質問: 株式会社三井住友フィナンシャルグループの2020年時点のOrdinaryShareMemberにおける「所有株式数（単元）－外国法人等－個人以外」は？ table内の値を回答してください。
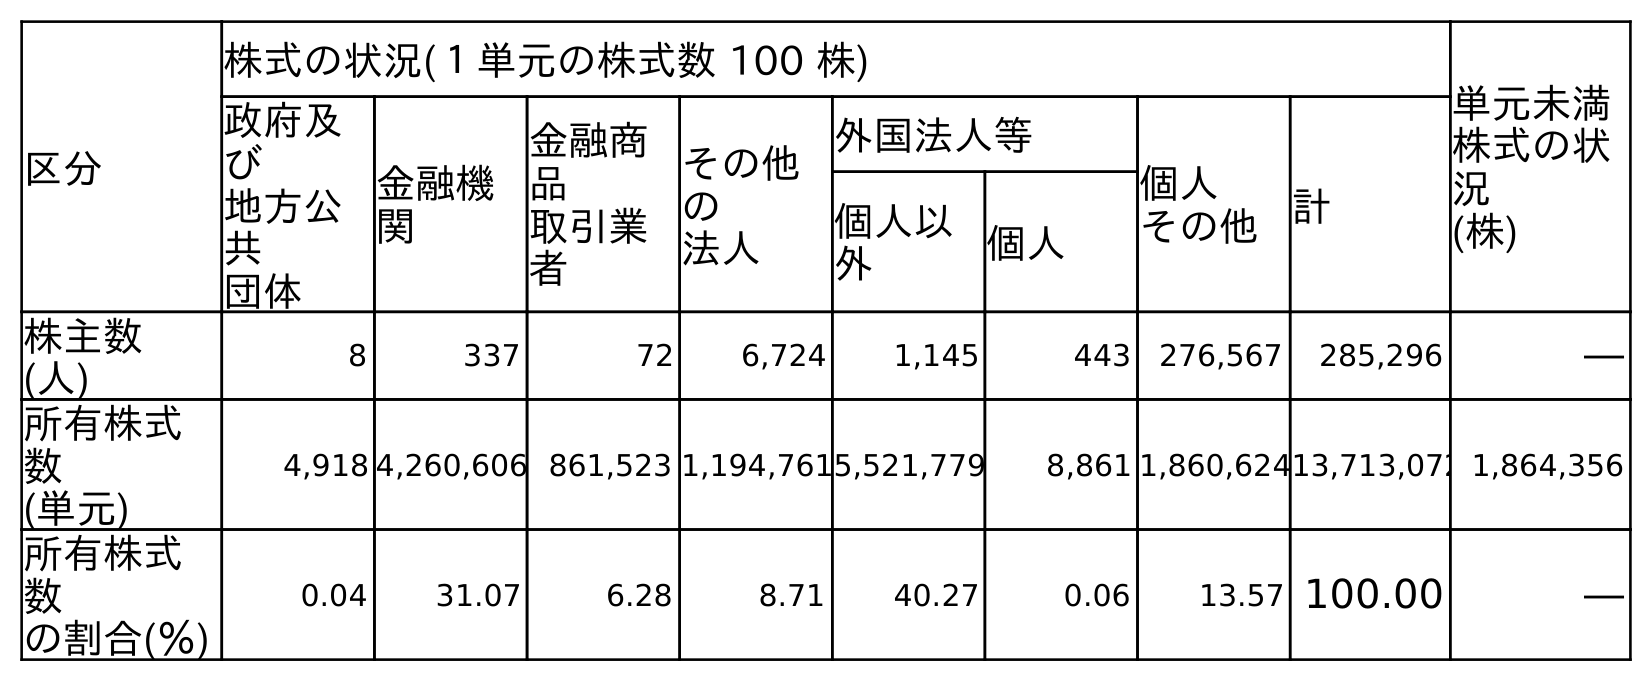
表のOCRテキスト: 区分 株式の状況(１単元の株式数 100 株) 単元未満 株式の状 況 (株) 政府及 び 地方公 共 団体 金融機 関 金融商 品 取引業 者 その他 の 法人 外国法人等 個人 その他 計 個人以 外 個人 株主数 (人) 8 337 72 6,724 1,145 443 276,567 285,296 ― 所有株式 数 (単元) 4,918 4,260,606 861,523 1,194,7615,521,779 8,861 1,860,62413,713,072 1,864,356 所有株式 数 の割合(％) 0.04 31.07 6.28 8.71 40.27 0.06 13.57 100.00 ―
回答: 5,521,779